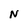
Character: N